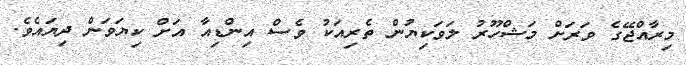
މިރާއްޖޭގެ ވަރަށް މަޝްހޫރު ލަވަކިޔުން ތެރިއަކު ވެސް އިންޑިއާ އަށް ކިޔަވަން ދިޔައެވެ.